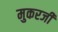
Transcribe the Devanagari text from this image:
मुकरजी